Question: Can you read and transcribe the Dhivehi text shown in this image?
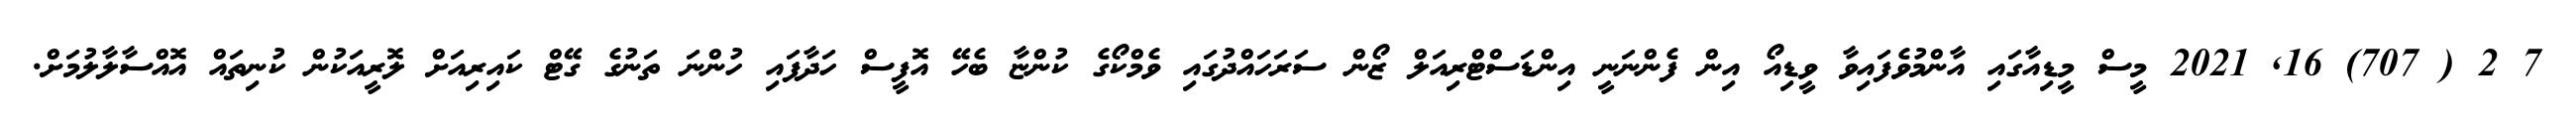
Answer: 7 2 ( 707) 16, 2021 މީސް މީޑިއާގައި އާންމުވެފައިވާ ވީޑިއޯ އިން ފެންނަނީ އިންޑަސްޓްރިއަލް ޒޯން ސަރަހައްދުގައި ވެމްކޯގެ ކުންޏާ ބެހޭ އޮފީސް ހަދާފައި ހުންނަ ތަނުގެ ގޭޓް ކައިރިއަށް ލޮރީއަކުން ކުނިތައް އޮއްސާލާލުމަށް.